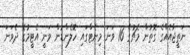
ނަތީޖާއެއްގެ ގޮތުން މެޗުގެ 16 ވަނަ މިނެޓްގައި ހޮލެންޑުން ވަނީ އެޓީމުގެ ދެވަނަ